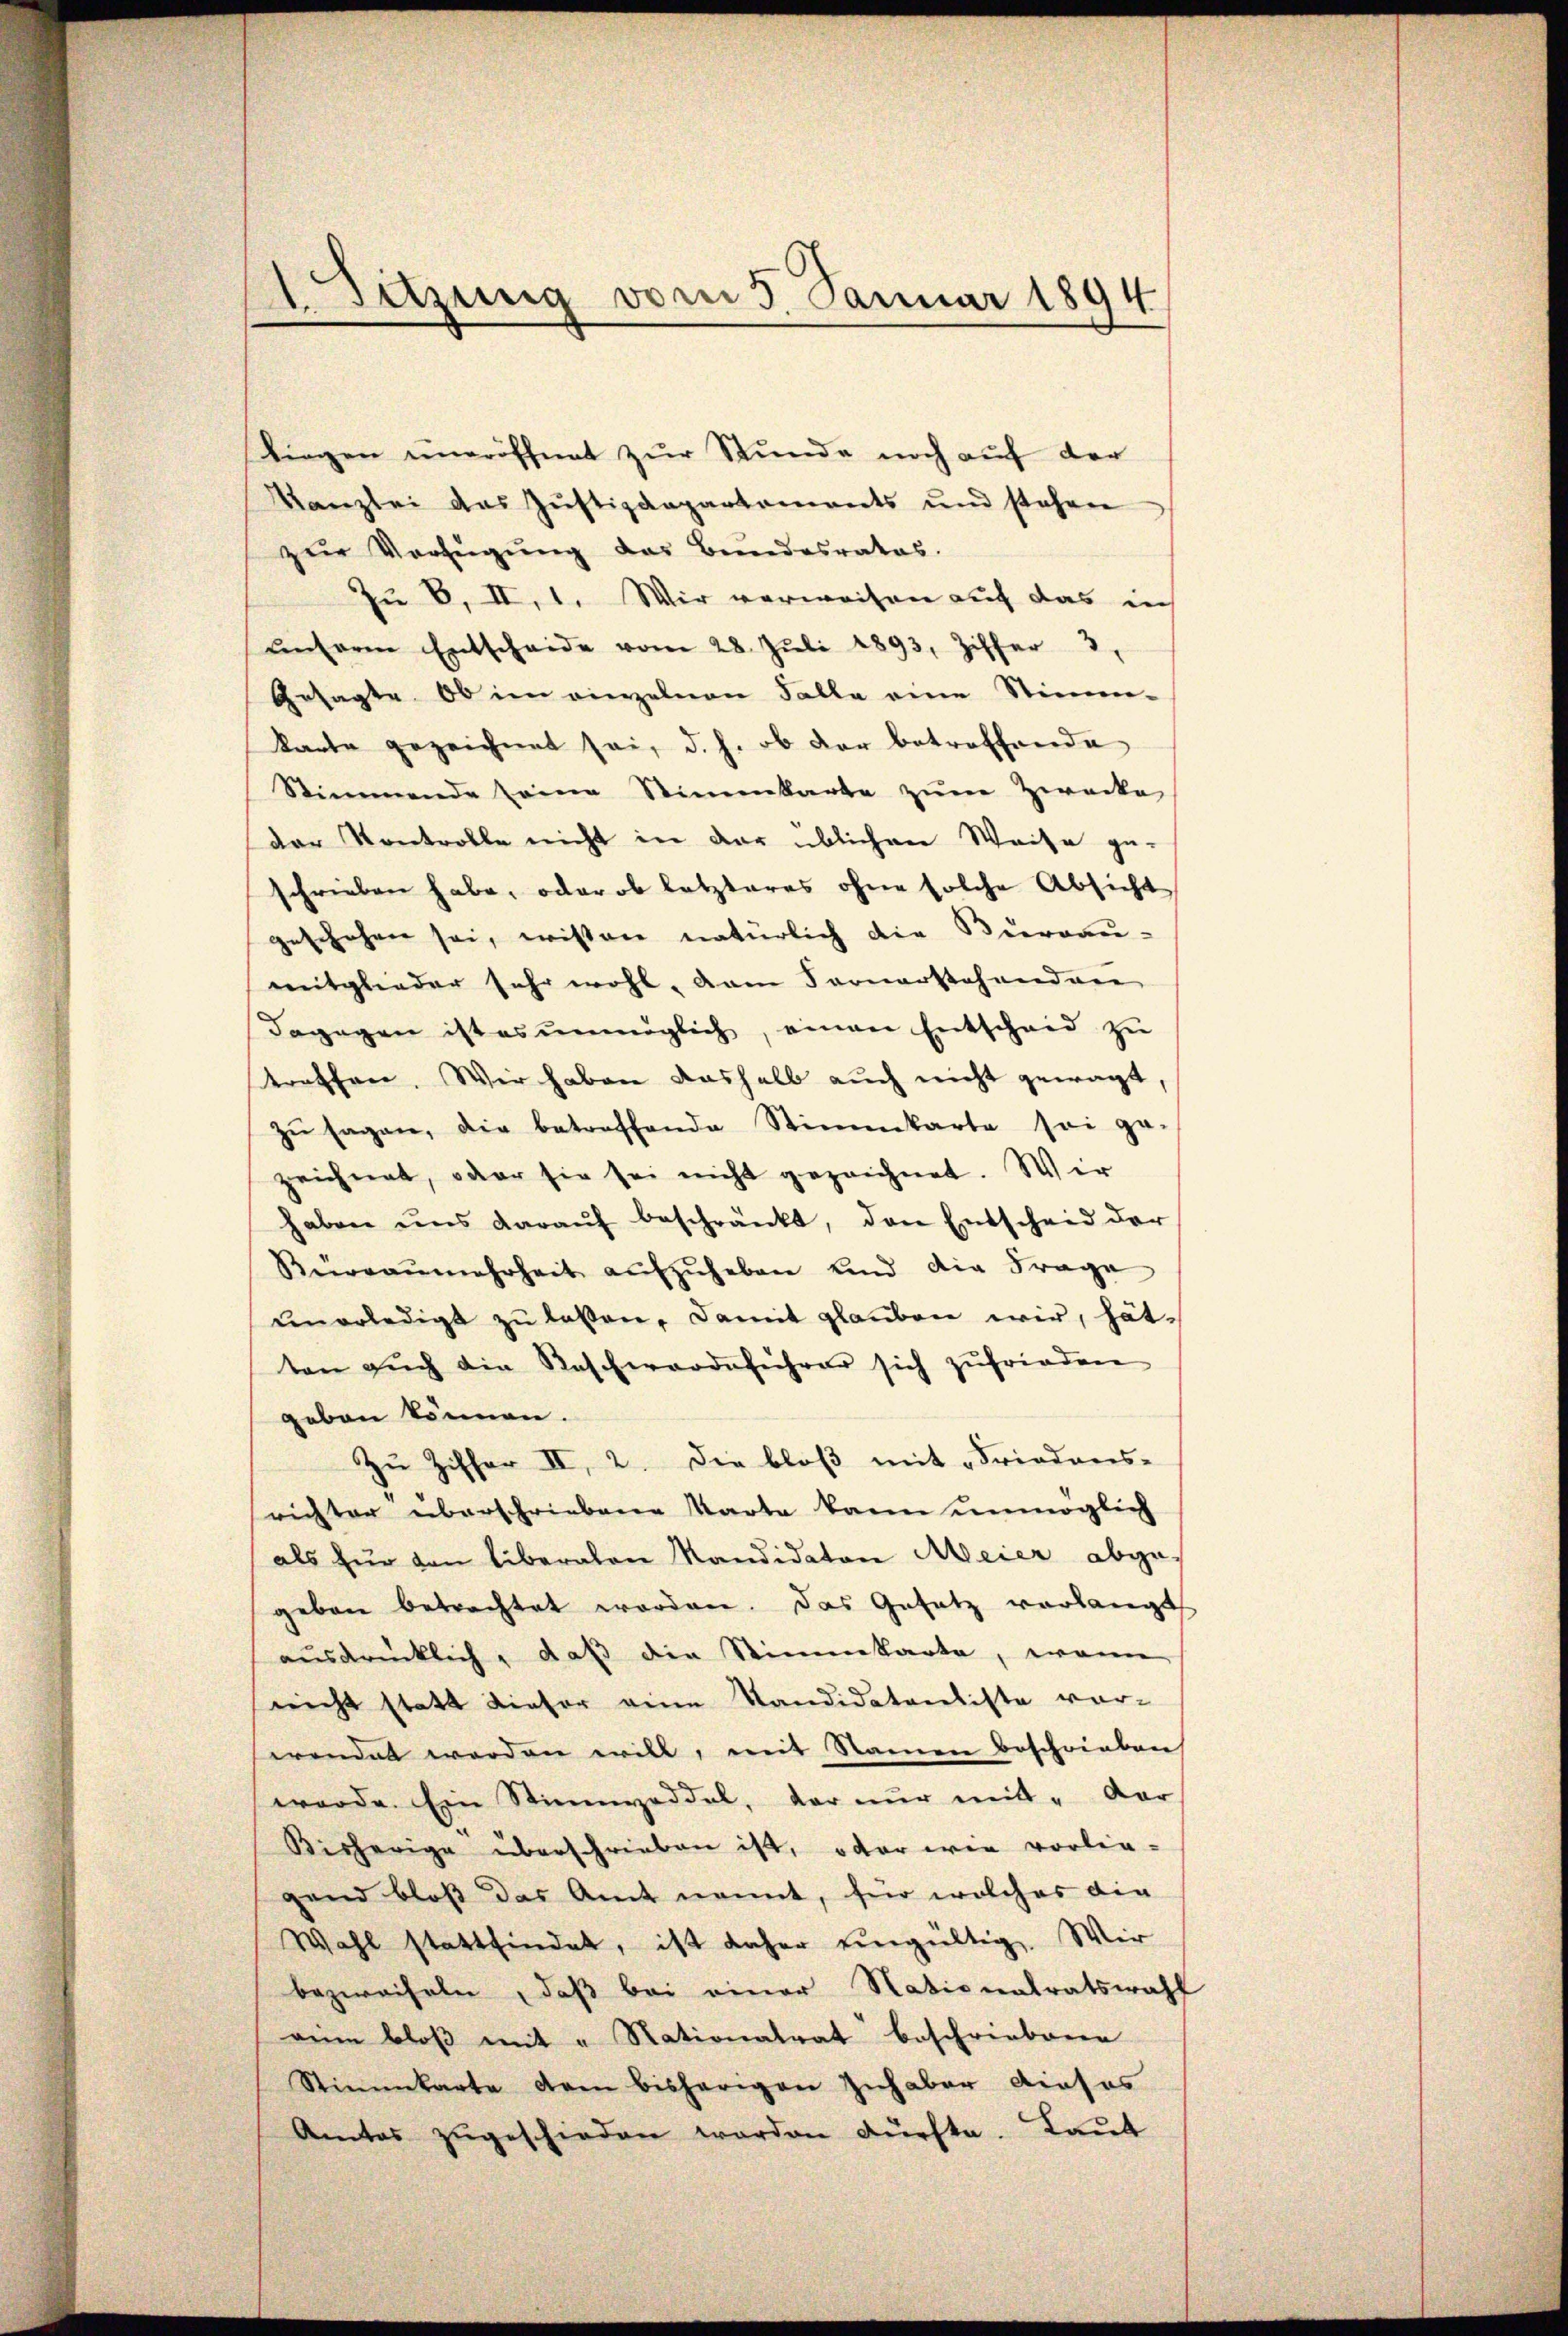
a
ASitzung vom 5. Januar 1894

Liegen uneröffnet zur Stunde noch auf der
Kanzlei das Justizdepartements und stehen
zur Verfŭgŭng des Bundesrates.
Zu B. II, 1. Wir verweisen auf das in
ŭnseren Entscheide vom 28. Jŭli 1893, Ziffer 3,
Gesagte, ob im einzelnen Falle eine Stimm-
karte gezeichnet sei, d. h. ob der betreffende
Stimmende seine Stimmkarte zum Zwecke
der Kontrolle nicht in der üblichen Weise ge-
schrieben habe, oder ob letzteres ohne solche Absicht
geschehen sei, wissen natürlich die Bierrau-
mitglieder sehr wohl, dem Fernerstehenden
dagegen ist es unmöglich, einen Entscheid zu
treffen. Wir haben deshalb auch nicht gewagt,
zu sagen, die betreffende Stimmkarte sei ge-
zeichnet, oder sie sei nicht gezeichnet. Wir
haben uns daraŭf beschränkt, den Entscheid der
Büreaŭmehrheit aŭfzŭheben und die Frage
ŭnerledigt zŭ lassen, damit glauben wir, hät
ten aŭch die Raschwerdeführer sich zufrieden
geben können.
Zu Ziffer II, 2. Die bloß mit Friedens-
richter überschriebene Karte kann unmöglich
als für von Liberalen Mandidaten Meier abgegeben betrachtet worden. Das Gesetz vorlangt
ausdrücklich, daß die Stimmkarte, wenn
nicht statt dieser eine Kandidatenliste vor-
wendet worden will, mit Namen beschrieben
werde. Ein Stimmzeddel, der nur mit - dar
Bisherige überschrieben ist, oder wie vorlie-
gend bloss das Amt nennt, für welches die
Wahl stattfindet, ist daher eingültig. Wir
bezweifeln, daß bei einer Nationalratswahl
rein bloß mit u. Nationalrat beschriebene
Stimmkarte dem bisherigen Zuhaber dieses
Amtes zŭgeschieden worden dürfte. Laut